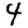
Digit: 4